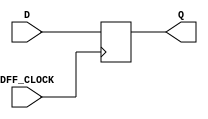
`timescale 1ns / 1ps
//////////////////////////////////////////////////////////////////////////////////
// Company: 
// Engineer: 
// 
// Design Name: 
// Module Name: d_ff
// Project Name: 
// Target Devices: 
// Tool Versions: 
// Description: 
// 
// Dependencies: 
// 
// Revision:
// Revision 0.01 - File Created
// Additional Comments:
// 
//////////////////////////////////////////////////////////////////////////////////



module d_ff(input DFF_CLOCK, D, output reg Q = 0);
    
    always @ (posedge DFF_CLOCK) begin
        Q <= D;
    end
 
endmodule